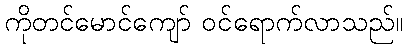
ကိုတင်မောင်ကျော် ဝင်ရောက်လာသည်။